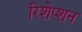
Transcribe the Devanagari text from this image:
रिशेप्शन